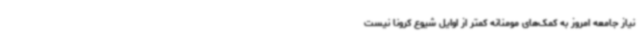
نیاز جامعه امروز به کمک‌های مومنانه کمتر از اوایل شیوع کرونا نیست